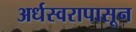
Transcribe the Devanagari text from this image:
अर्धस्वरापासून